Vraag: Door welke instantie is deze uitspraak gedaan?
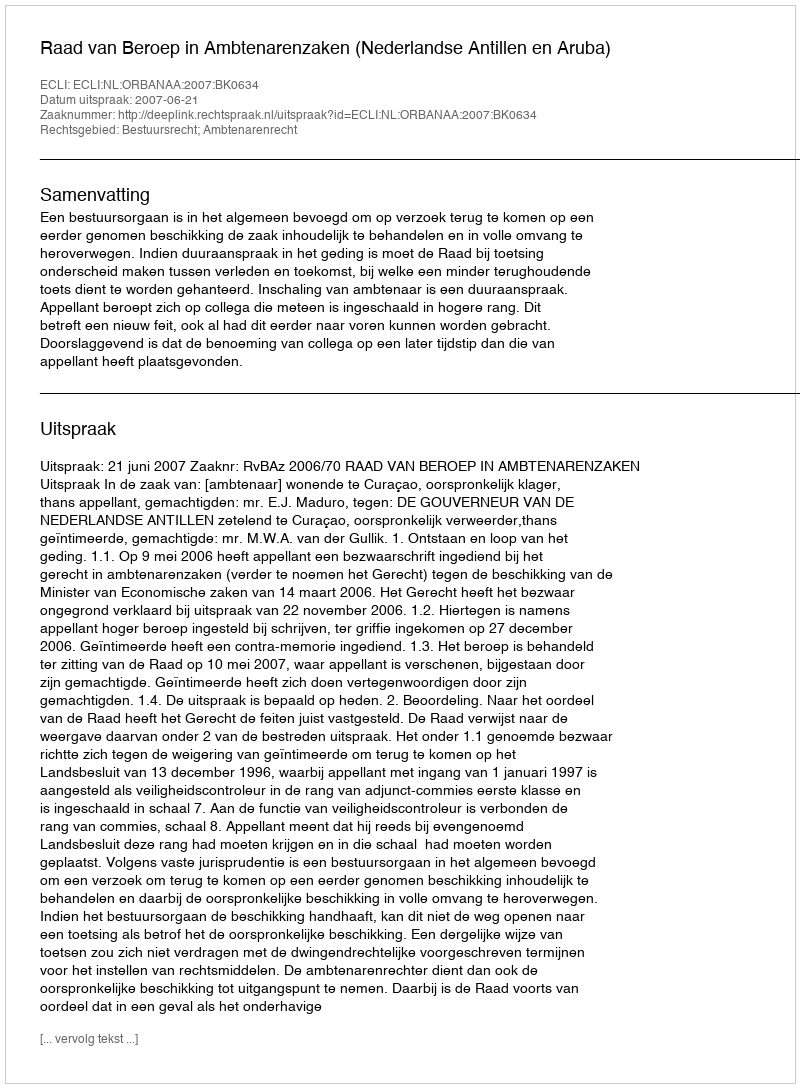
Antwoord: Raad van Beroep in Ambtenarenzaken (Nederlandse Antillen en Aruba)